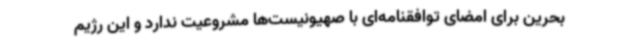
بحرین برای امضای توافقنامه‌ای با صهیونیست‌ها مشروعیت ندارد و این رژیم